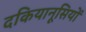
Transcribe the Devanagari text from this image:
दकियानूसियों